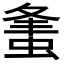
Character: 𧋴